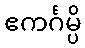
ဧကင်္ဂမ္ပိ